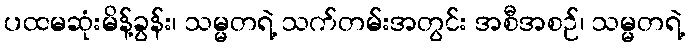
ပထမဆုံးမိန့်ခွန်း၊ သမ္မတရဲ့ သက်တမ်းအတွင်း အစီအစဉ်၊ သမ္မတရဲ့